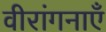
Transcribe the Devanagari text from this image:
वीरांगनाएँ